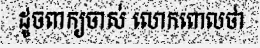
ដូចពាក្យចាស់ លោកពោលថា